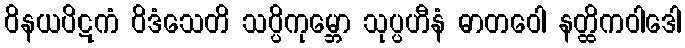
ဝိနယပိဋကံ ဝိဒံသေတိ သပ္ပိကုမ္ဘော သုပ္ပဟီနံ ဓာတဝေါ နတ္ထိကဝါဒေါ